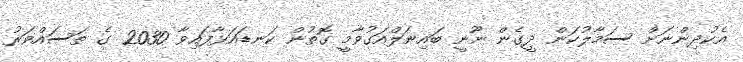
އެކުދިންނަށް ސަމާލުކަން ދީގެން ނޫނީ ބައިނަލްއަގުވާމީ ގޮތުން ކަނޑައަޅާފައިވާ 2030 ގެ ތަސައްވަރު